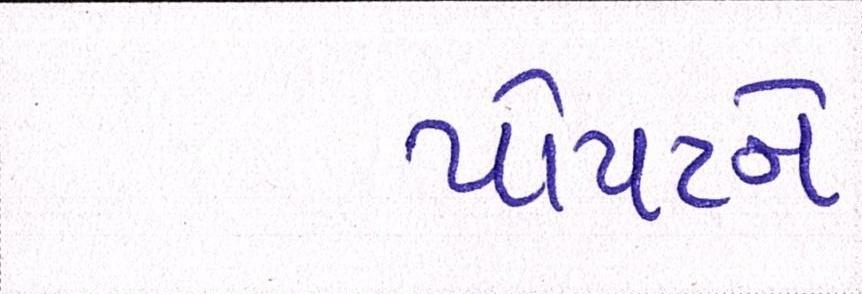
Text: પોપટને